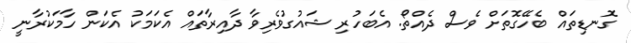
ގޮނޑިތައް ބެހޭގޮތަށް ވެސް ދެއްތޯ. އެބަހުރި ޝައުގުވެރިވާ ދާއިރާތައް އެކަމަކު އެކަން ހާމަކުރާނީ